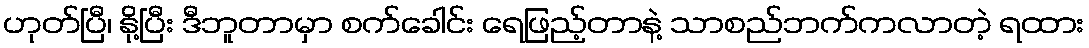
ဟုတ်ပြီ၊ နို့ပြီး ဒီဘူတာမှာ စက်ခေါင်း ရေဖြည့်တာနဲ့ သာစည်ဘက်ကလာတဲ့ ရထား